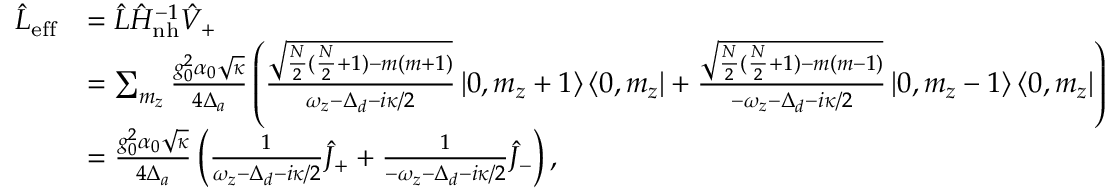
\begin{array} { r l } { \hat { L } _ { \mathrm { e f f } } } & { = \hat { L } \hat { H } _ { \mathrm { n h } } ^ { - 1 } \hat { V } _ { + } } \\ & { = \sum _ { m _ { z } } \frac { g _ { 0 } ^ { 2 } \alpha _ { 0 } \sqrt { \kappa } } { 4 \Delta _ { a } } \left( \frac { \sqrt { \frac { N } { 2 } ( \frac { N } { 2 } + 1 ) - m ( m + 1 ) } } { \omega _ { z } - \Delta _ { d } - i \kappa / 2 } \left| 0 , m _ { z } + 1 \right\rangle \left\langle 0 , m _ { z } \right| + \frac { \sqrt { \frac { N } { 2 } ( \frac { N } { 2 } + 1 ) - m ( m - 1 ) } } { - \omega _ { z } - \Delta _ { d } - i \kappa / 2 } \left| 0 , m _ { z } - 1 \right\rangle \left\langle 0 , m _ { z } \right| \right) } \\ & { = \frac { g _ { 0 } ^ { 2 } \alpha _ { 0 } \sqrt { \kappa } } { 4 \Delta _ { a } } \left( \frac { 1 } { \omega _ { z } - \Delta _ { d } - i \kappa / 2 } \hat { J } _ { + } + \frac { 1 } { - \omega _ { z } - \Delta _ { d } - i \kappa / 2 } \hat { J } _ { - } \right) , } \end{array}